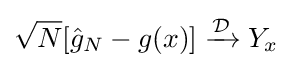
{\sqrt {N}}[{\hat {g}}_{N}-g(x)]\xrightarrow {\mathcal {D}} Y_{x}